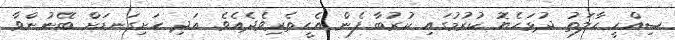
ޞިއްޙީ ހާލަތު ދުޅަހެޔޮ ކުރުމުގައި ކުރުބާ ފެން އެހީތެރިވެދެއެވެ. އަދި ހަށިގަނޑަށް ބޭނުންވާ